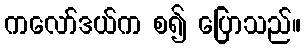
ကလော်ဒယ်က စ၍ ပြောသည်။